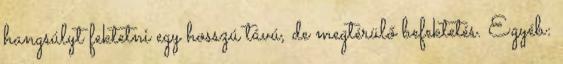
hangsúlyt fektetni egy hosszú távú, de megtérülő befektetés. Egyéb: